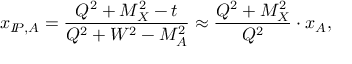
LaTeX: x _ { I \! \! P , A } = \frac { Q ^ { 2 } + M _ { X } ^ { 2 } - t } { Q ^ { 2 } + W ^ { 2 } - M _ { A } ^ { 2 } } \approx \frac { Q ^ { 2 } + M _ { X } ^ { 2 } } { Q ^ { 2 } } \cdot x _ { A } ,